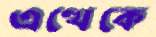
এত্থেকে